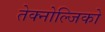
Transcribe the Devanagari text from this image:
तेक्नोल्जिको